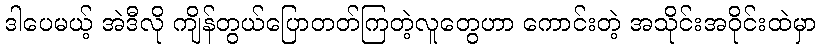
ဒါပေမယ့် အဲဒီလို ကျိန်တွယ်ပြောတတ်ကြတဲ့လူတွေဟာ ကောင်းတဲ့ အသိုင်းအဝိုင်းထဲမှာ